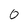
Character: 0